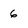
Character: 6